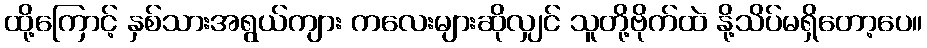
ထို့ကြောင့် နှစ်သားအရွယ်ကျား ကလေးများဆိုလျှင် သူတို့ဗိုက်ထဲ နို့သိပ်မရှိတော့ပေ။